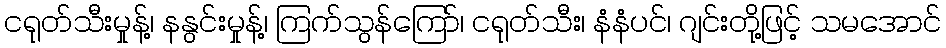
ငရုတ်သီးမှုန့်၊ နနွင်းမှုန့်၊ ကြက်သွန်ကြော်၊ ငရုတ်သီး၊ နံနံပင်၊ ဂျင်းတို့ဖြင့် သမအောင်